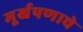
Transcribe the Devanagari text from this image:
मूर्खपणाचे